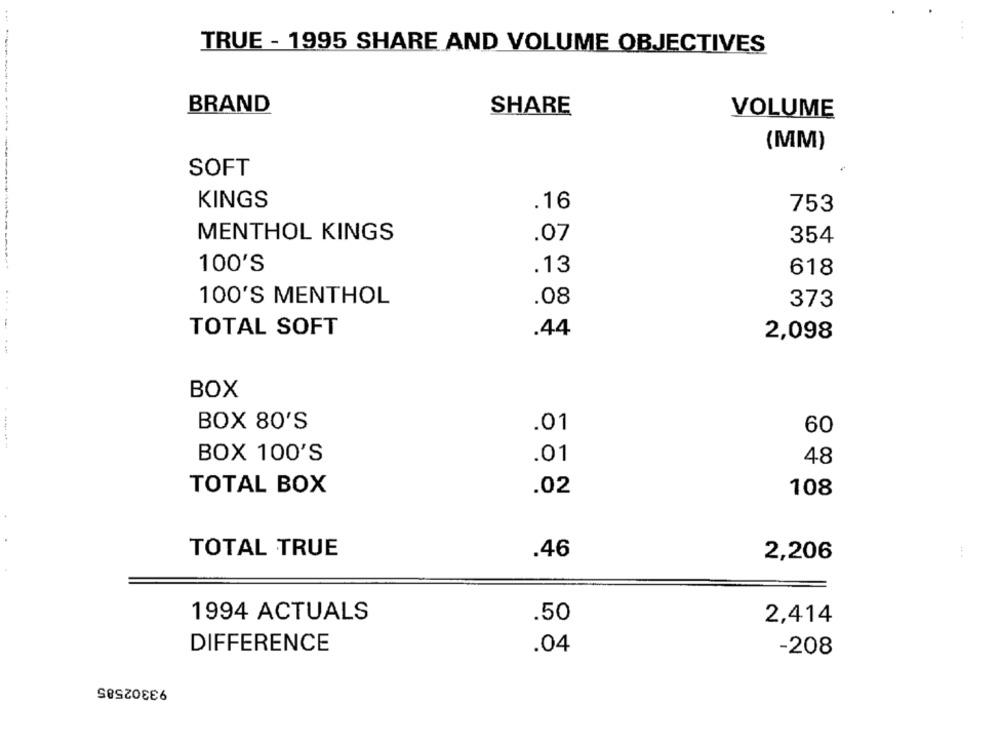
TRUE - 1995 SHARE AND VOLUME OBJECTIVES
BRAND
SHARE
VOLUME
(MM)
SOFT
KINGS
.16
753
MENTHOL KINGS
.07
354
100'S
.13
618
100'S MENTHOL
.08
373
....
TOTAL SOFT
.44
2,098
+ **
BOX
BOX 80'S
.01
60
-----
BOX 100'S
.01
48
TOTAL BOX
.02
108
TOTAL TRUE
.46
2,206
1994 ACTUALS
.50
2,414
DIFFERENCE
.04
-208
93302585